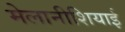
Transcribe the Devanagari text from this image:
मेलानीशियाई